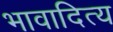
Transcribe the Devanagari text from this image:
भावादित्य